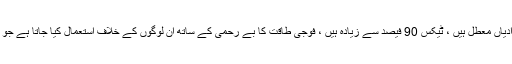
جب کہ دنیا کو پرامن اور خوشحال نظر آنے کے ل. بنایا گیا ہے ، حقیقت یہ ہے کہ زیادہ تر آزادیاں معطل ہیں ، ٹیکس 90 فیصد سے زیادہ ہیں ، فوجی طاقت کا بے رحمی کے ساتھ ان لوگوں کے خلاف استعمال کیا جاتا ہے جو ڈبلیو ای سی کی مخالفت کرنے کی ہمت کرتے ہیں ، اور آزادی کو بمشکل یاد نہیں کیا جاتا ہے۔